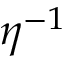
\eta ^ { - 1 }